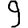
Digit: 9